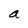
Character: a